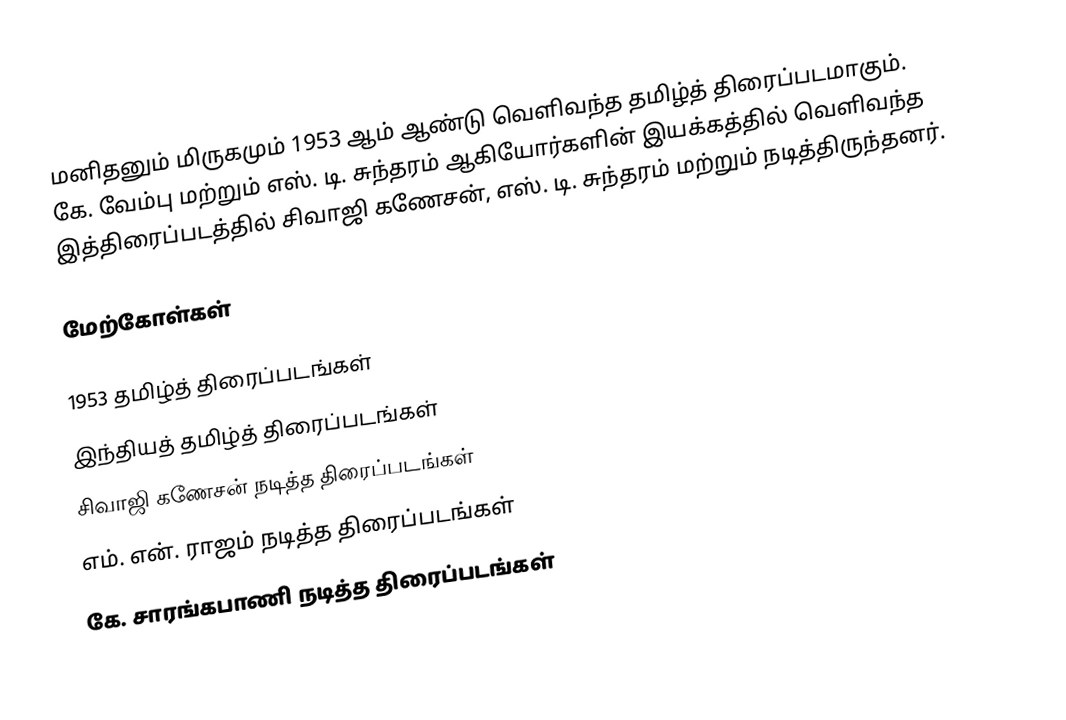
மனிதனும் மிருகமும் 1953 ஆம் ஆண்டு வெளிவந்த தமிழ்த் திரைப்படமாகும். கே. வேம்பு மற்றும் எஸ். டி. சுந்தரம்  ஆகியோர்களின் இயக்கத்தில் வெளிவந்த இத்திரைப்படத்தில் சிவாஜி கணேசன், எஸ். டி. சுந்தரம் மற்றும் நடித்திருந்தனர்.

மேற்கோள்கள்

1953 தமிழ்த் திரைப்படங்கள்
இந்தியத் தமிழ்த் திரைப்படங்கள்
சிவாஜி கணேசன் நடித்த திரைப்படங்கள்
எம். என். ராஜம் நடித்த திரைப்படங்கள்
கே. சாரங்கபாணி நடித்த திரைப்படங்கள்